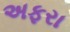
અફરા